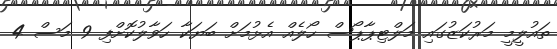
ތައުލީމީ މަރުކަޒުގައި މަލްޓިޕާޕޯސް ހޯލެއް އެޅުމަށް ބަޔަކާ ހަވާލުކޮށްފި 9 މަސް 4